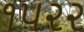
૧૫૨૨